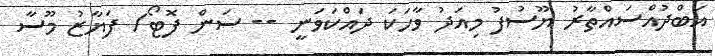
އަބްދުއްސައްތާރު ޔޫސުފު މިއަދު ވާހަކަ ދައްކަވަނީ -- ސަން ފޮޓޯ/ ފަޔާޒު މޫސާ